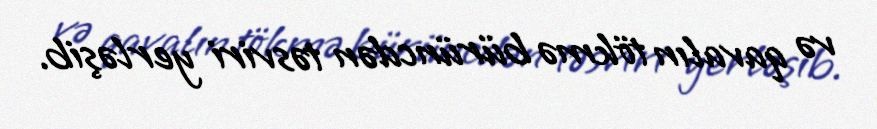
və qavalın tökmə bürüncdən təsviri yerləşib.